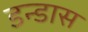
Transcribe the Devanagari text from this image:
डन्डास